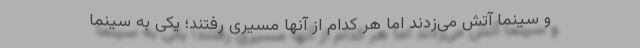
و سینما آتش می‌زدند اما هر کدام از آنها مسیری رفتند؛ یکی به سینما